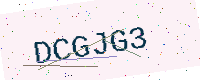
Text: DCGJG3